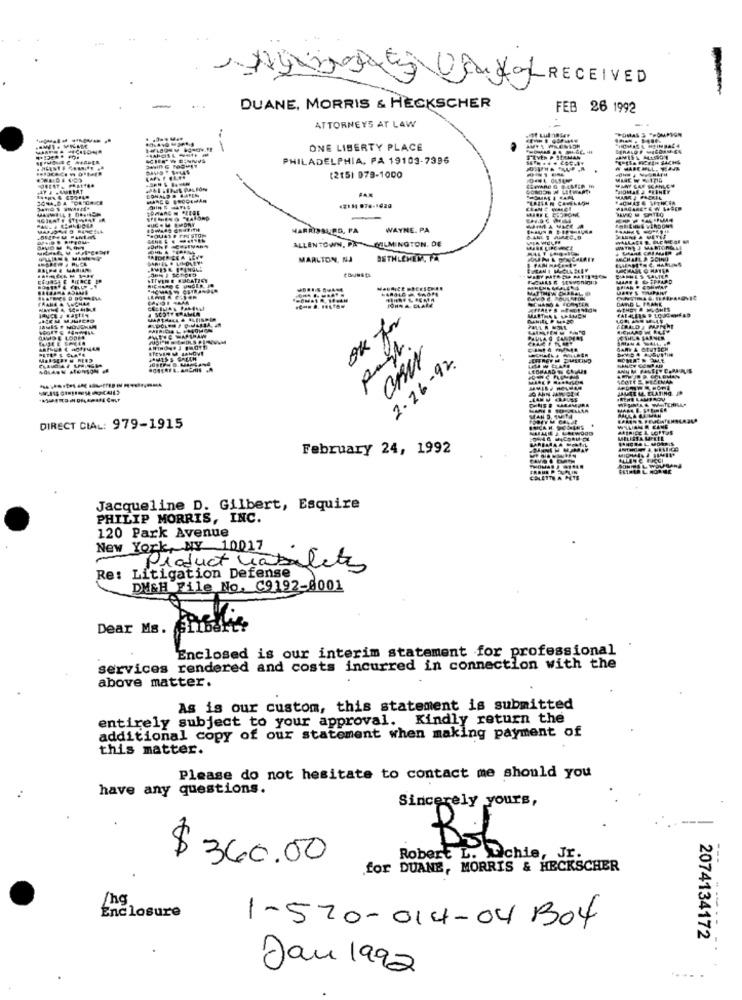
RECEIVED
DUANE, MORRIS & HECKSCHER
FEB 26 1992
ATTORNEYS AT LAW
POMALE
ONE LIBERTY PLACE
PHILADELPHIA, PA 19103-7396
(2151 979-1000
42134 978-1620
HARRISBURG, PA
WAYNE. PA
ALLENTOWN, PA - KILMINGTON. DE
MARLTON, NJ
BETHLEHEM, PA
MICHAEL & SOUND
BALRA & MARIAM
COUNSEL
BEJRSEE BIERCE
& LEPPARD
DANG & FRANK
ok for
DAVID E LODE
2.16- 92.
PARAFR DALE
LEDHARD W CA
HEHE LAMPROU
DIRECT CIAL: 979-1915
February 24, 1992
Jacqueline D. Gilbert, Esquire
PHILIP MORRIS, INC.
120 Park Avenue
New York, NY 10017
Re: Litigation Defense
Product tablets
DM&H File No. C9192-8001
Dear Ms.
Ibert
Enclosed is our interim statement for professional
services rendered and costs incurred in connection with the
above matter.
As is our custom, this statement is submitted
entirely subject to your approval. Kindly return the
additional copy of our statement when making payment of
this matter.
Please do not hesitate to contact me should you
have any questions.
Sincerely yours,
Boban
$ 360.00
Robert L. ichie, Jr.
for DUANE, MORRIS & HECKSCHER
/hc
Enclosure
1-570-014-041304
2074134172
Jan 1992